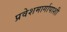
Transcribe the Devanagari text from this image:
प्रवेशमार्गापाशी